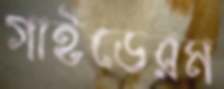
গাইডেরম